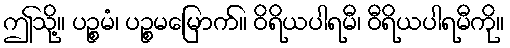
ဤသို့။ ပဉ္စမံ၊ ပဉ္စမမြောက်။ ဝိရိယပါရမီ၊ ဝီရိယပါရမီကို။